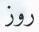
روز